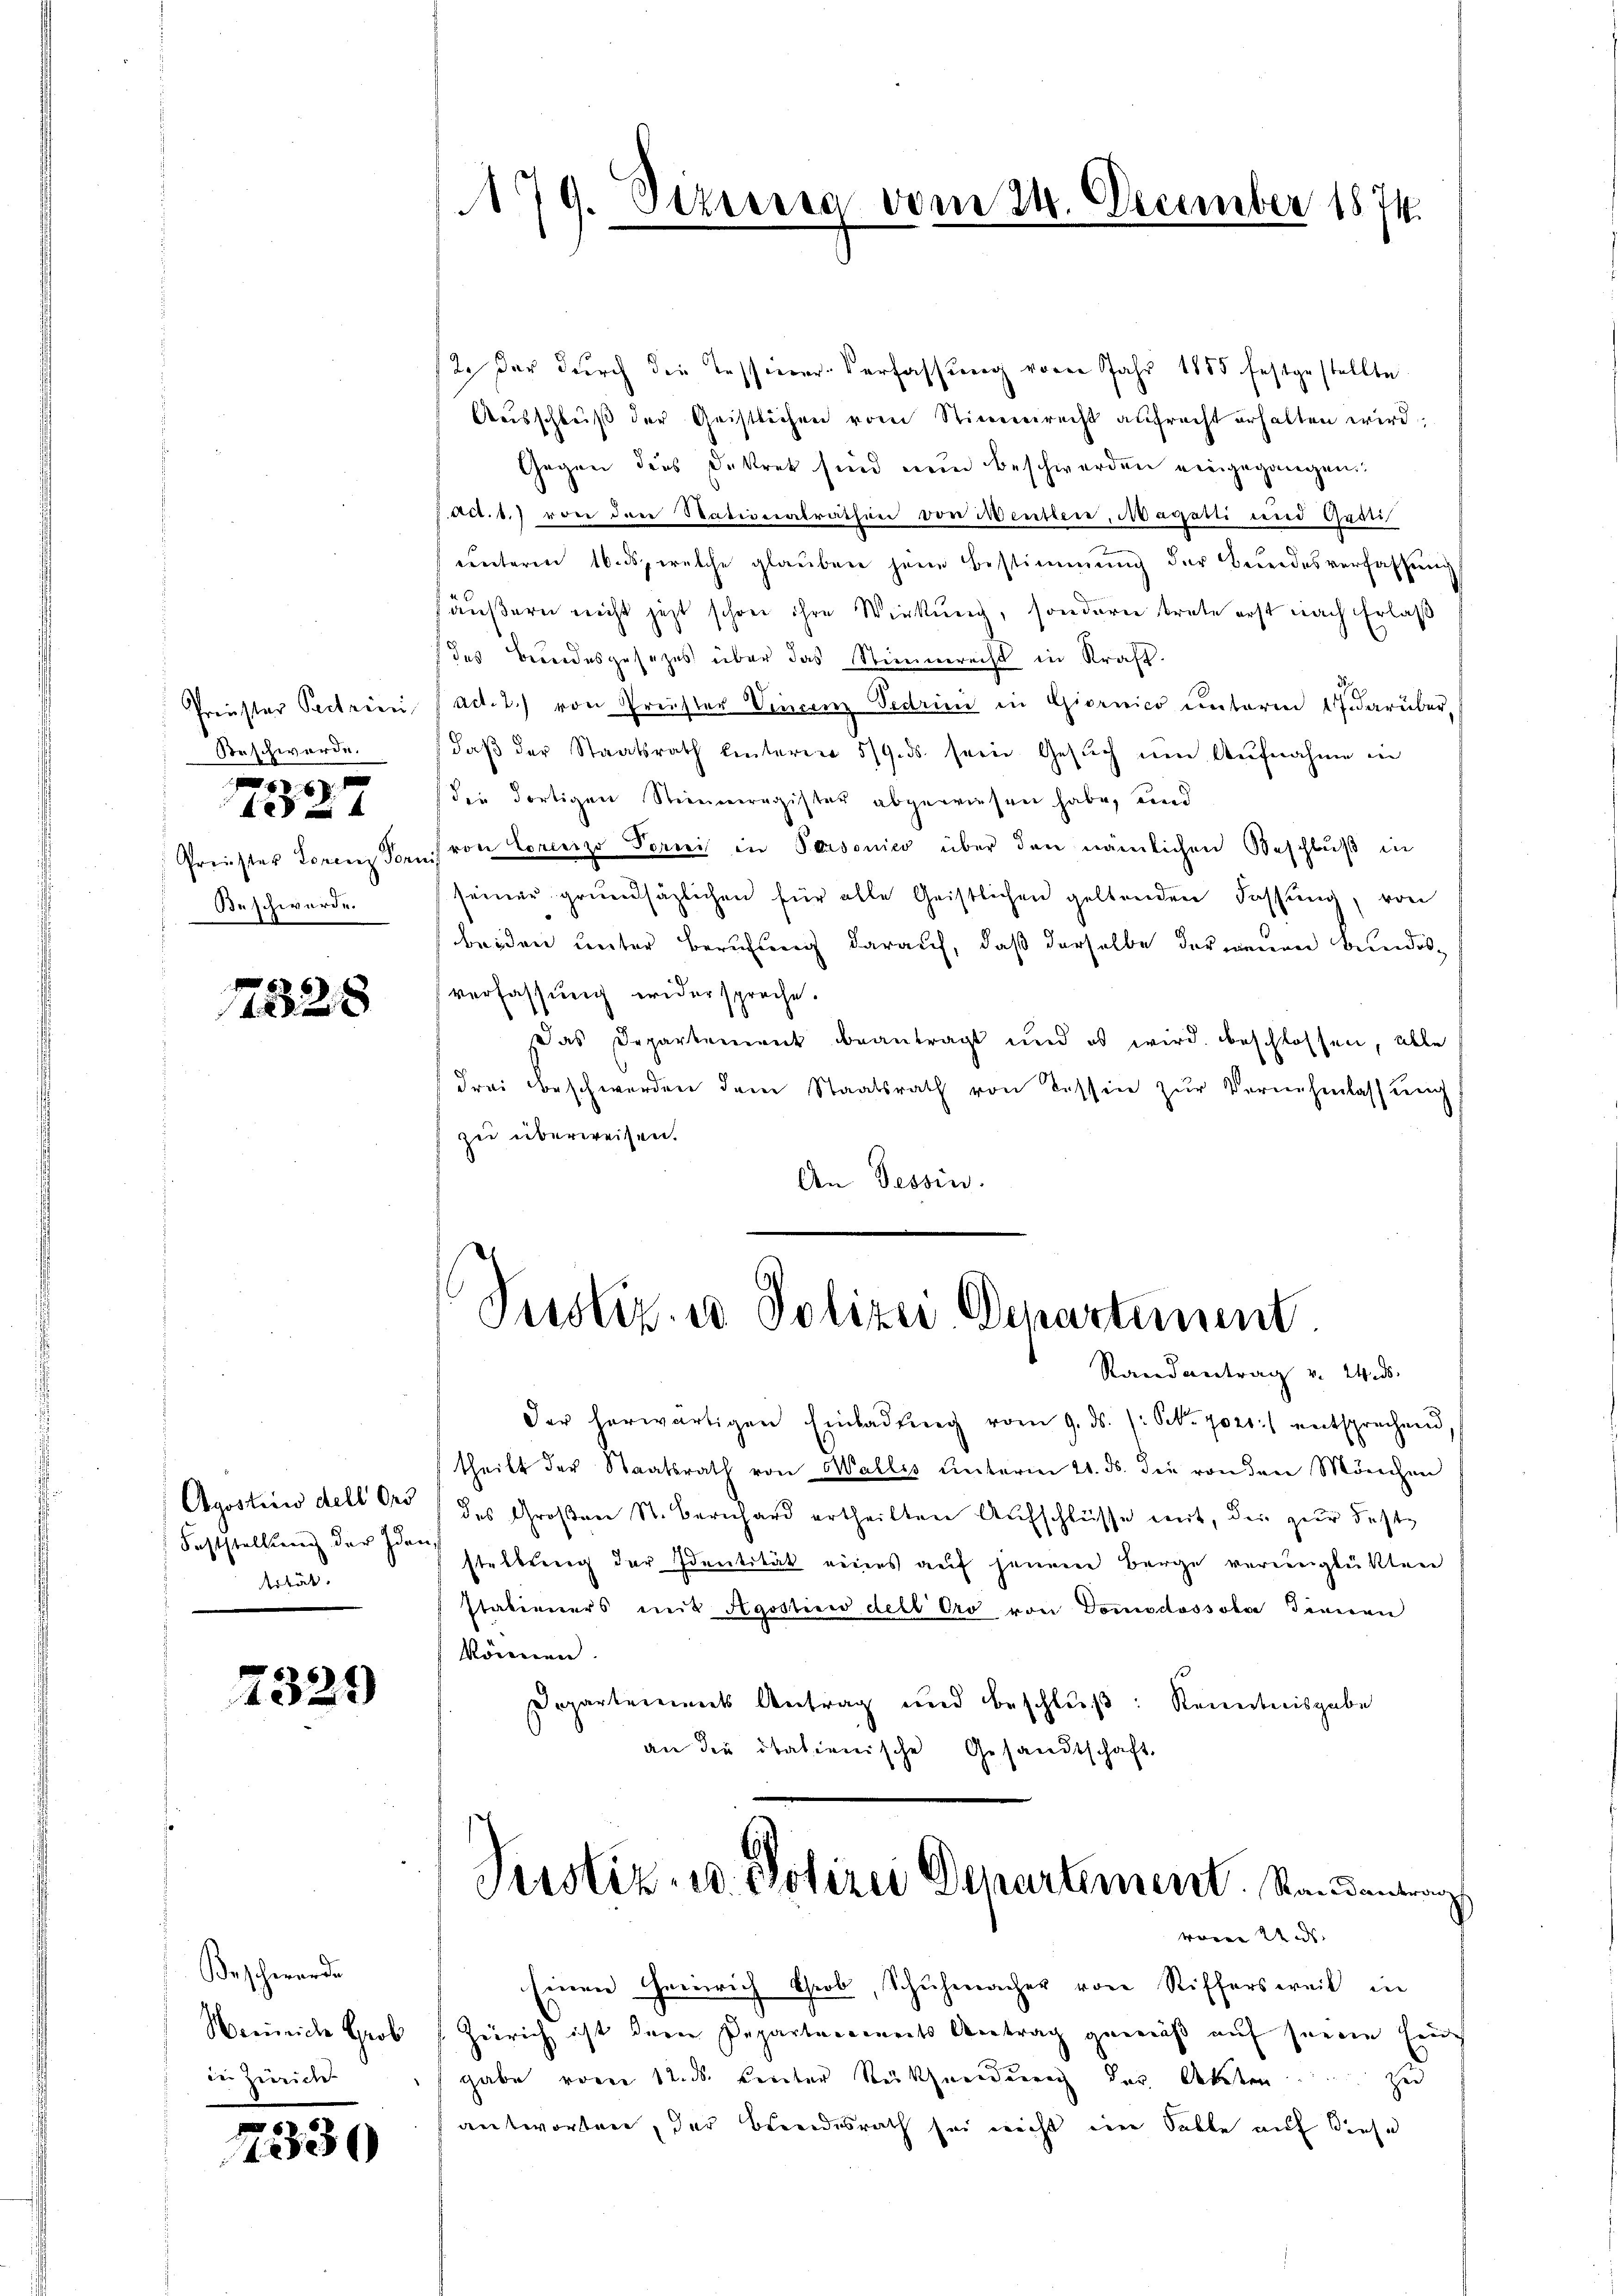
Beschwerde.
Beschwerde.

x

1328

Agostii dell Ors
Feststellung der Ida
id.

7329

Beschwerde
Neinreiche Grob
in Zweide

330

A79. Dezerra vom 24. December 1874.

12. Der durch die Tessiner-Verfassung vom Jahr 1885 festgestellte
Ausschluß der Geistlichen vom Stimmrecht aufrecht erhalten wird.
Gegen dies Dekret sind nun beschwerden eingegangen
ad. 1. von den Stationalrathen von Wintere, Magari und Apati
uunteren 16. ds., welche glauben jene Bestimmung der Bundesverfassend
säußern nicht jetzt schon ihre Wirkung, sondern trete erst nach Erlaß
des Besondesgesetzes über das Stimmrecht in Kraft.
Preister Pectricii (ad. 2.) von Preister Vincenz Vadrini in Giornico unterm 17. darüber,
daβ der Staatsrath unteren 5/9. ds. sein Gesŭch ŭm Aŭfnahme in
die dortigen Stimmeragister abgewiesen habe, und
Preister Lorenz der von Lorenzzo Tornis in Personico über den nämlichen Beschluß in
seiner grundsäzlichen für alle Geistlichen geltenden Fassung, von
beiden unter Berufung darauf, daß derselbe der neuen Bundesverfassung widerspreche.
Das Departement beantragt und es wird beschlossen, alle
(drei Beschwerden dem Staatsrath von Tessin zŭr Vernehmlassŭng
zu überweisen.
An Tessin.

Justiz- u Polizei Departement
Randantrag v. 2. ds.

der herwärtigen Einladŭng vom 9. ds. (: St. 7021:) entsprechend
theilt der Staatsrath von Wallis unterm 21. ds. die von den Mönchen
des Großen St. Bernhard ertheilten Aufschlüsse mit, der zur Feststellung der Identität reines auf jenem Berge verrunglückten
statieners mit Agostien dell Cro von Domodossobo Finnen
können.
Departements Antrag und beschlŭβ: Kenntnisgabe
an die italienische Gesandtschaft
Justiz- u. Polizei Departement. Randantrag
woren und
Einen Heinrich Grob, Schuhmacher von Riffersweil in
Zürich ist der Papartancements Antrag gemäß auf seinem Feuch
gabe vom 12. ds. Leuter Seithneidung der Akten zu
antworten, der Brandesrath sei nicht eine Salle auf diese